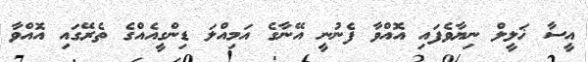
އީސާ ޚަލީލް ނިޔާވެފައި އޮއްވާ ފެނުނީ އޭނާގެ އަމިއްލަ ޑިންގީއެއްގެ ތެރޭގައި އޮއްވާ